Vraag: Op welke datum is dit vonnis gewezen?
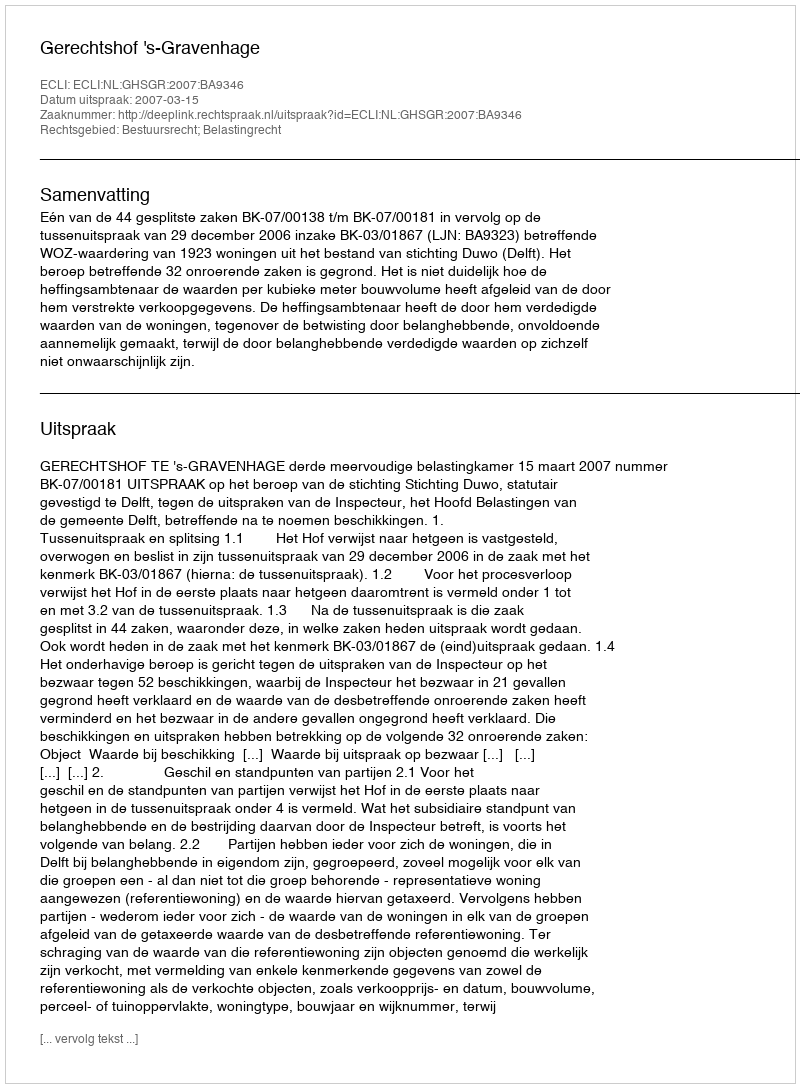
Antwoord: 2007-03-15